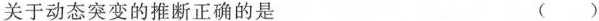
关于动态突变的推断正确的是 ( )